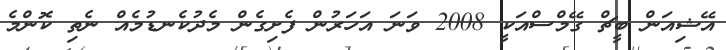
އޭޝިއަން ބީޗް ގޭމްސްއަކީ 2008 ވަނަ އަހަރުން ފެށިގެން މެދުކެނޑުމެއް ނެތި ކޮންމެ